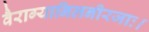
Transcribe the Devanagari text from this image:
वैराग्यानिलनीरजाः।